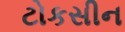
ટોકસીન